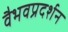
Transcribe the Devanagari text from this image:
वैभवप्रदर्शन